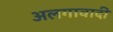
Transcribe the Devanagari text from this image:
अलगावादी